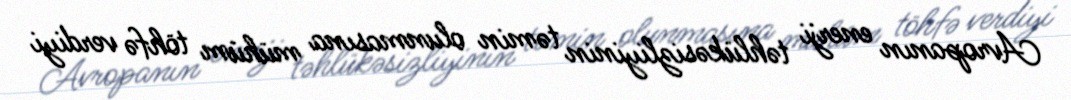
Avropanın enerji təhlükəsizliyinin təmin olunmasına mühüm töhfə verdiyi